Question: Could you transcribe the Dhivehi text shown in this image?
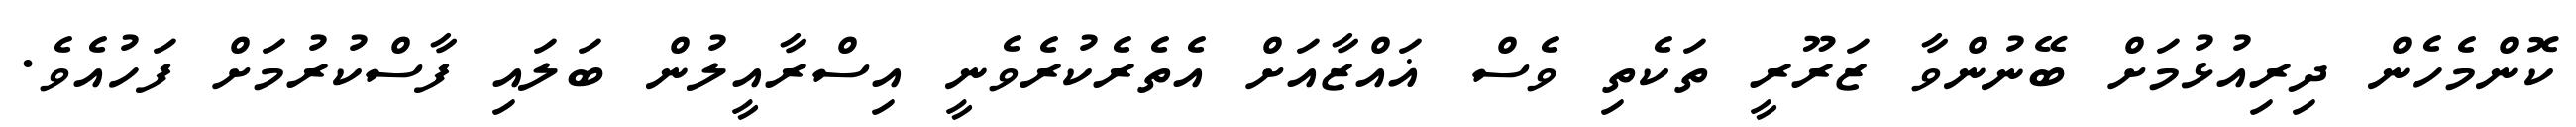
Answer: ކޮންމެހެން ދިރިއުޅުމަށް ބޭނުންވާ ޒަރޫރީ ތަކެތި ވެސް ޣައްޒާއަށް އެތެރެކުރެވެނީ އިސްރާއީލުން ބަލައި ފާސްކުރުމަށް ފަހުއެވެ.